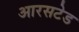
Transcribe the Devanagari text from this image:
आरसटेड